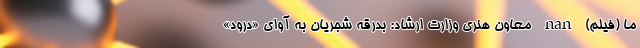
ما (فیلم) nan معاون هنری وزارت ارشاد: بدرقه شجریان به آوای «درود»